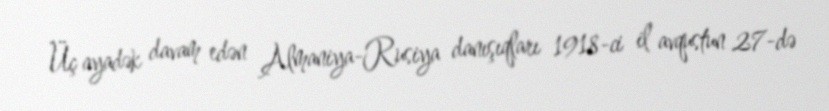
Üç ayadək davam edən Almaniya-Rusiya danışıqları 1918-ci il avqustun 27-də